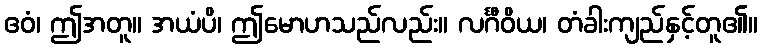
ဧဝံ၊ ဤအတူ။ အယံပိ၊ ဤမောဟသည်လည်း။ လင်္ဂီဝိယ၊ တံခါးကျည်နှင့်တူ၏။